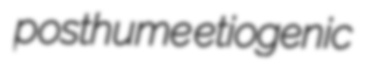
posthume etiogenic